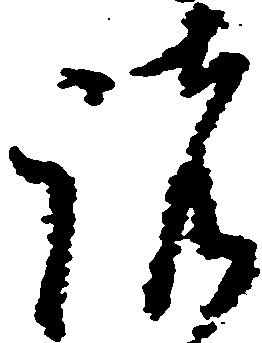
諸